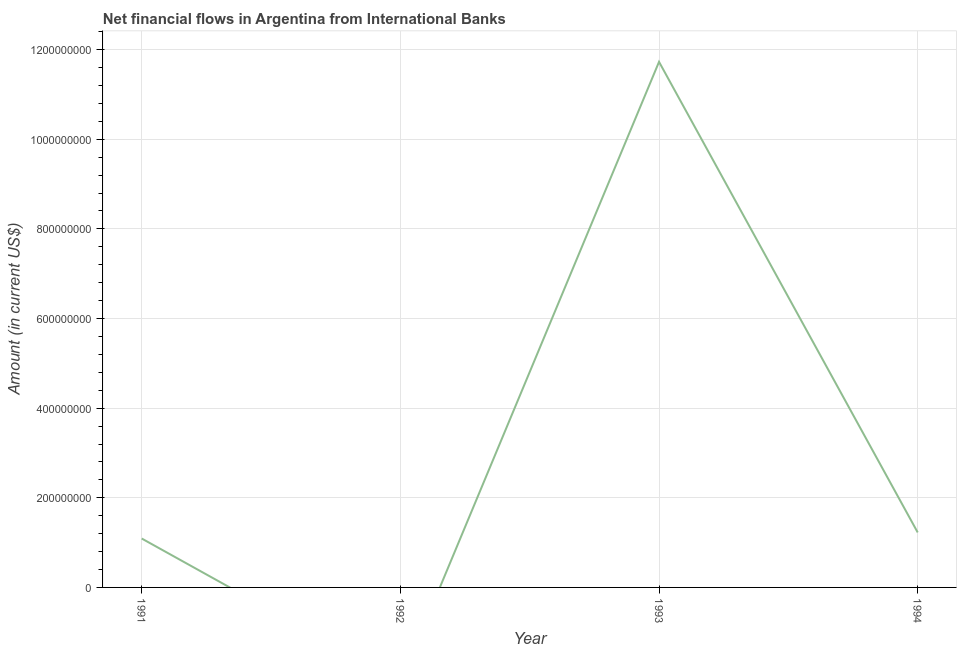
| Year | Net financial flows from IBRD |
 | --- | --- |
 | 1991 | 1.09e+08 |
 | 1992 | -2.11e+08 |
 | 1993 | 1.17e+09 |
 | 1994 | 1.23e+08 |